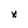
Character: x